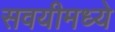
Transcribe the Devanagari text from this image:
सवयीमध्ये